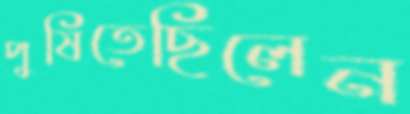
পুষিতেছিলেন